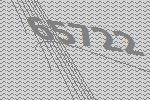
65722